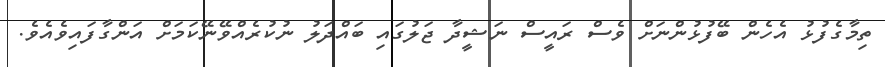
ތިމާގެފުޅު އެހެން ބޭފުޅުންނަށް ވެސް ރައީސް ނަޝީދާ ޖަލުގައި ބައްދަލު ނުކުރެއްވޭނޭކަމަށް އަންގާފައިވެއެވެ.